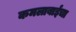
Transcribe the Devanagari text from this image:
कमलाबाईंचा